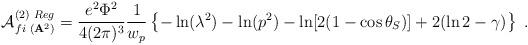
LaTeX: \begin{align*}{\cal A}_{fi\,\,({\bf A}^{2})}^{(2)\,\,Reg}=\frac{e^{2}\Phi ^{2}}{4(2\pi)^{3}}\frac{1}{w_{p}}\left\{ -\ln (\lambda ^{2})-\ln (p^{2})-\ln [2(1-\cos\theta _{S})]+2(\ln 2-\gamma )\right\} \;.\end{align*}